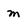
Character: m